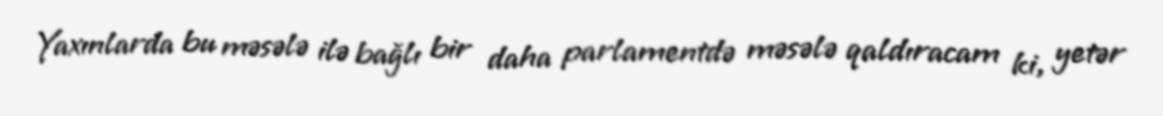
Yaxınlarda bu məsələ ilə bağlı bir daha parlamentdə məsələ qaldıracam ki, yetər